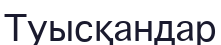
Туысқандар